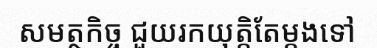
សមត្ថកិច្ច ជួយរកយុត្តិតែម្តងទៅ